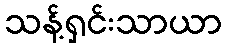
သန့်ရှင်းသာယာ